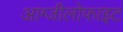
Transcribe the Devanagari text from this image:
आग्जीलोफाइट